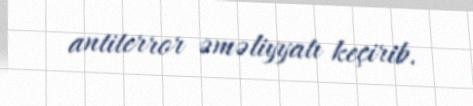
antiterror əməliyyatı keçirib.